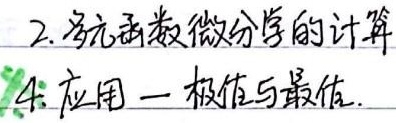
2. 多元函数微分学的计算
4. 应用一极值与最值.